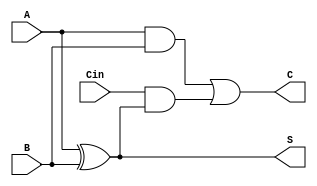
module DynamicCarrySaveAdder #(parameter WIDTH = 8) (
    input [WIDTH-1:0] A,       // Operand A
    input [WIDTH-1:0] B,       // Operand B
    input [WIDTH-1:0] Cin,      // Carry-in
    output reg [WIDTH-1:0] S,   // Sum output
    output reg [WIDTH-1:0] C     // Carry output
);

// Intermediate wires for partial sums and carry generation
wire [WIDTH-1:0] sum_temp;
wire [WIDTH-1:0] carry_temp;

// Generate Partial Sum
assign sum_temp = A ^ B; // Partial Sum = A XOR B

// Generate Carry
assign carry_temp = (A & B) | (Cin & sum_temp); // Carry = A AND B + (Cin AND (A XOR B))

always @(*) begin
    // Precharge outputs (conceptual, would normally happen in a clocked dynamic logic circuit)
    S = {WIDTH{1'b1}}; // Precharge S to 1
    C = {WIDTH{1'b1}}; // Precharge C to 1

    // Evaluate outputs based on inputs during the evaluate phase
    S = sum_temp; // Assign the generated sum to S
    C = carry_temp; // Assign the generated carry to C
end

endmodule